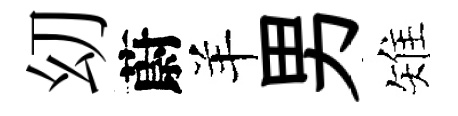
㓜蔚羊男雉